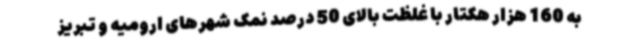
به 160 هزار هکتار با غلظت بالای 50 درصد نمک شهرهای ارومیه و تبریز